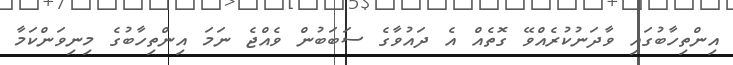
އިންތިހާބުގައި ވާދަނުކުރެއްވޭ ގޮތެއް އެ ދައުވާގެ ސަބަބުން ވެއްޖެ ނަމަ އިންތިހާބުގެ މިނިވަންކަމާ